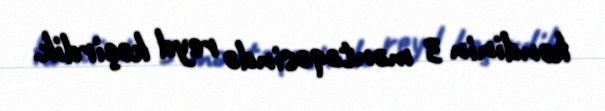
kəndinin 3 məntəqəsində reyd keçirdik.